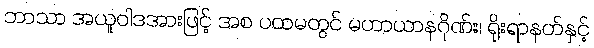
ဘာသာ အယူဝါဒအားဖြင့် အစ ပထမတွင် မဟာယာနဂိုဏ်း၊ ရိုးရာနတ်နှင့်